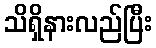
သိရှိနားလည်ပြီး